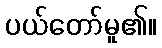
ပယ်တော်မူ၏။